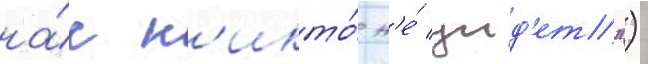
на́с н'икто́ н'е́ уид'ет")